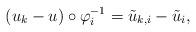
LaTeX: \begin{align*}(u_{k} - u) \circ \varphi_i^{-1}= \tilde u_{k,i} - \tilde u_i,\end{align*}